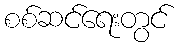
စစ်ဆင်ရေးတွင်